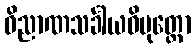
ဝိညာဏသင်္ခါယဝိမုတ္တော